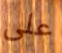
على